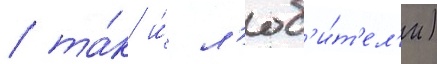
/ та́к и́ л'юб'и́т'ел'и)